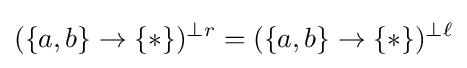
(\{a,b\}\to \{*\})^{\perp r}=(\{a,b\}\to \{*\})^{\perp \ell }